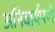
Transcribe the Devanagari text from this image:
अनिवार्यपणे